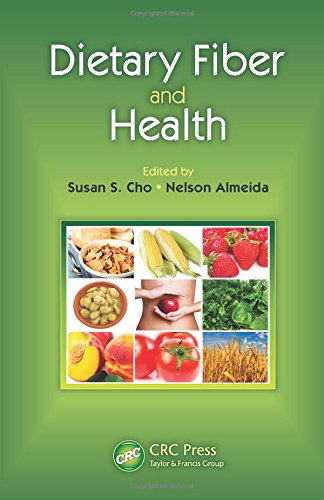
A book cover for Dietary Fiber and Health; Health, Fitness & Dieting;